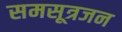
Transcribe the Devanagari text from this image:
समसूत्रजन